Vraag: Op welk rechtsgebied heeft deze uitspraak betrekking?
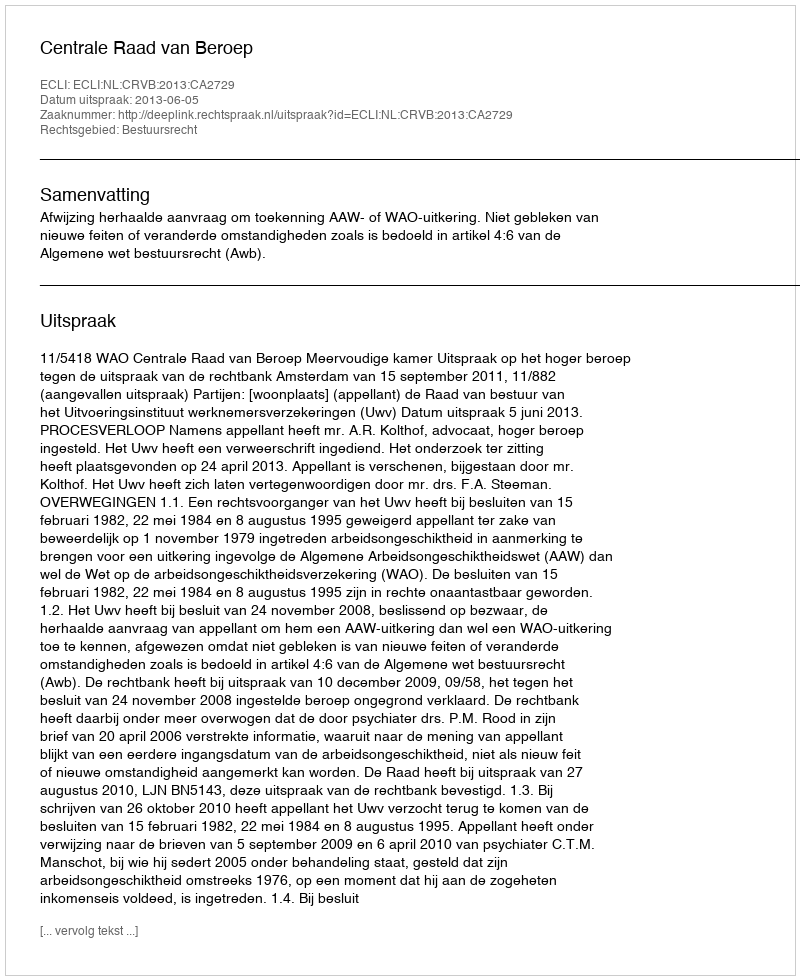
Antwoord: Bestuursrecht